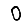
Digit: 0